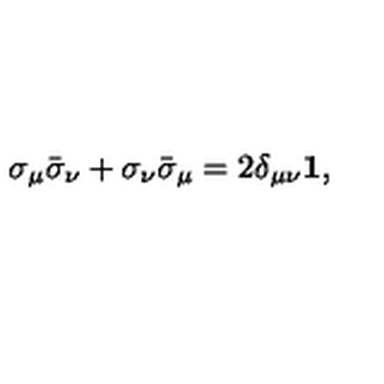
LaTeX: \sigma _ { \mu } \bar { \sigma } _ { \nu } + \sigma _ { \nu } \bar { \sigma } _ { \mu } = 2 \delta _ { \mu \nu } \mathbf { 1 } ,